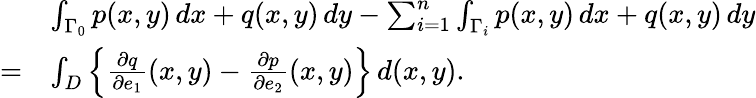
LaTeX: {\begin{array}{rl}&{\int_{\Gamma_{0}}p(x,y)\, dx+q(x,y)\, dy-\sum_{i=1}^{n}\int_{\Gamma_{i}}p(x,y)\, dx+q(x,y)\, dy}\\ {=}&{\int_{D}\left\{ {\frac{\partial q}{\partial e_{1}}}(x,y)-{\frac{\partial p}{\partial e_{2}}}(x,y)\right\} \, d(x,y).}\end{array}}